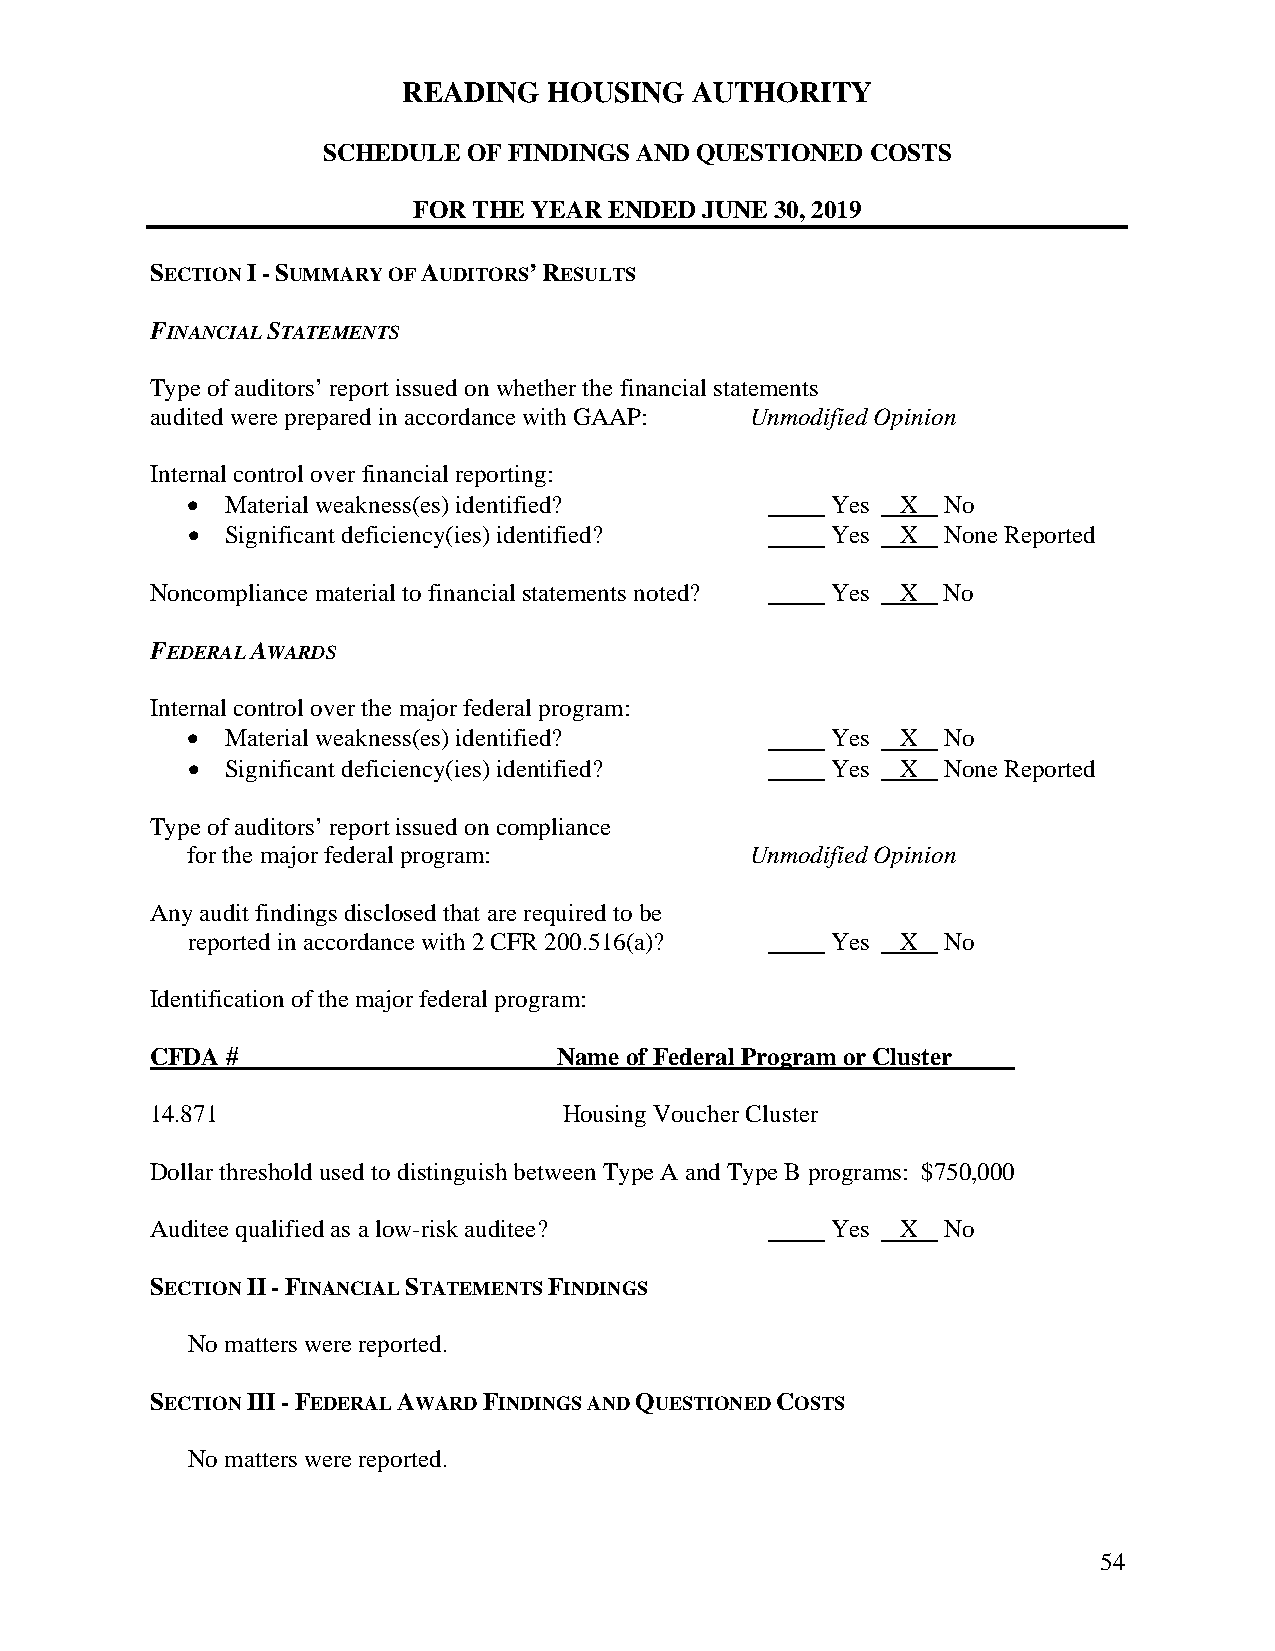
READING  HOUSING   AUTHORITY
 SCHEDULE  OF FINDINGS AND QUESTIONED COSTS
 FOR THE YEAR ENDED  JUNE 30, 2019
 SECTION I - SUMMARY OF AUDITORS’ RESULTS
 FINANCIAL STATEMENTS
 Type of auditors’ report issued on whether the financial statements
 audited were prepared in accordance with GAAP: Unmodified Opinion
 Internal control over financial reporting:
   Material weakness(es) identified?       Yes  X No
   Significant deficiency(ies) identified? Yes  X None Reported
 Noncompliance material to financial statements noted? Yes X No
 FEDERAL AWARDS
 Internal control over the major federal program:
   Material weakness(es) identified?       Yes  X No
   Significant deficiency(ies) identified? Yes  X None Reported
 Type of auditors’ report issued on compliance
 for the major federal program:        Unmodified Opinion
 Any audit findings disclosed that are required to be
 reported in accordance with 2 CFR 200.516(a)? Yes X No
 Identification of the major federal program:
 CFDA #                     Name of Federal Program or Cluster_____
 14.871                     Housing Voucher Cluster
 Dollar threshold used to distinguish between Type A and Type B programs: $750,000
 Auditee qualified as a low-risk auditee?     Yes  X No
 SECTION II - FINANCIAL STATEMENTS FINDINGS
 No matters were reported.
 SECTION III - FEDERAL AWARD FINDINGS AND QUESTIONED COSTS
 No matters were reported.
 54